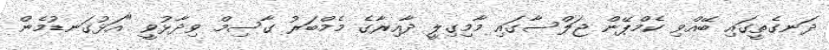
ދަނގެތީގައި ބޭއްވި ކެމްޕޭން ޖަލްސާގައި މާމިގިލީ ދާއިރާގެ މެމްބަރު ގާސިމް ވިދާޅުވީ "އަޅުގަނޑުމެން